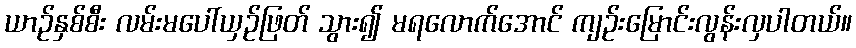
ယာဉ်နှစ်စီး လမ်းမပေါ်ယှဉ်ဖြတ် သွား၍ မရလောက်အောင် ကျဉ်းမြောင်းလွန်းလှပါတယ်။